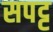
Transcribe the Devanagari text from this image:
सपट्ट